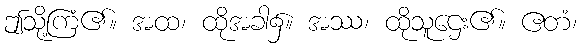
ဤသို့ကြံ၏။ အထ၊ ထိုအခါ၌။ အဿ၊ ထိုသူဌေး၏။ ဧတံ၊